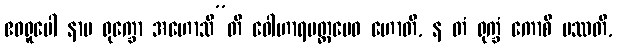
ဧဝရူပေါ နာမ ရုက္ခော အဟောသီ”တိ ဝေါဟာရမတ္တမေဝ ဟောတိ, န တံ ရုက္ခံ ကောစိ ပဿတိ,